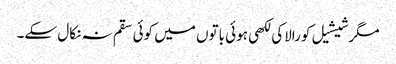
مگرشیشیل کورالاکی لکھی ہوئی باتوں میں کوئی سقم نہ نکال سکے۔